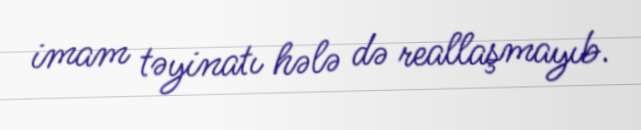
imam təyinatı hələ də reallaşmayıb.